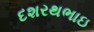
દશરથભાઇ